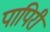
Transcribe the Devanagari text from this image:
पापिरी